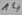
Text: 14